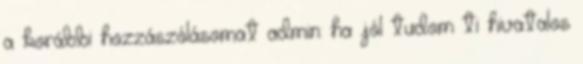
a korábbi hozzászólásomat admin: ha jól tudom ti hivatalos